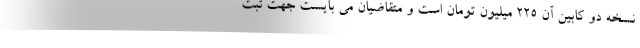
نسخه دو کابین آن ۲۲۵ میلیون تومان است و متقاضیان می بایست جهت ثبت